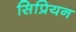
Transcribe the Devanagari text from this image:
सिप्रियन